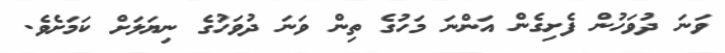
ވަނަ ދުވަހުން ފެށިގެން އަންނަ މަހުގެ ތިން ވަނަ ދުވަހުގެ ނިޔަލަށް ކަމަށެވެ.